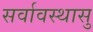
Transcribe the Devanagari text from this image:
सर्वावस्थासु